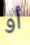
أو